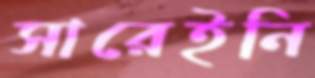
সারেইনি